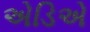
એડિએ